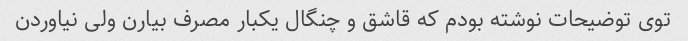
توی توضیحات نوشته بودم که قاشق و چنگال یکبار مصرف بیارن ولی نیاوردن